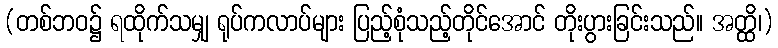
(တစ်ဘဝ၌ ရထိုက်သမျှ ရုပ်ကလာပ်များ ပြည့်စုံသည့်တိုင်အောင် တိုးပွားခြင်းသည်။ အတ္ထိ၊)